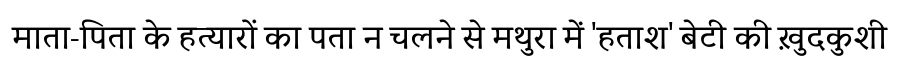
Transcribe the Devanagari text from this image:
माता-पिता के हत्यारों का पता न चलने से मथुरा में 'हताश' बेटी की ख़ुदकुशी